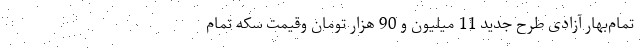
تمام‌بهار آزادی طرح جدید 11 میلیون و 90 هزار تومان وقیمت سکه تمام